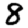
Digit: 8